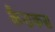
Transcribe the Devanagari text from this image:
कैराकस